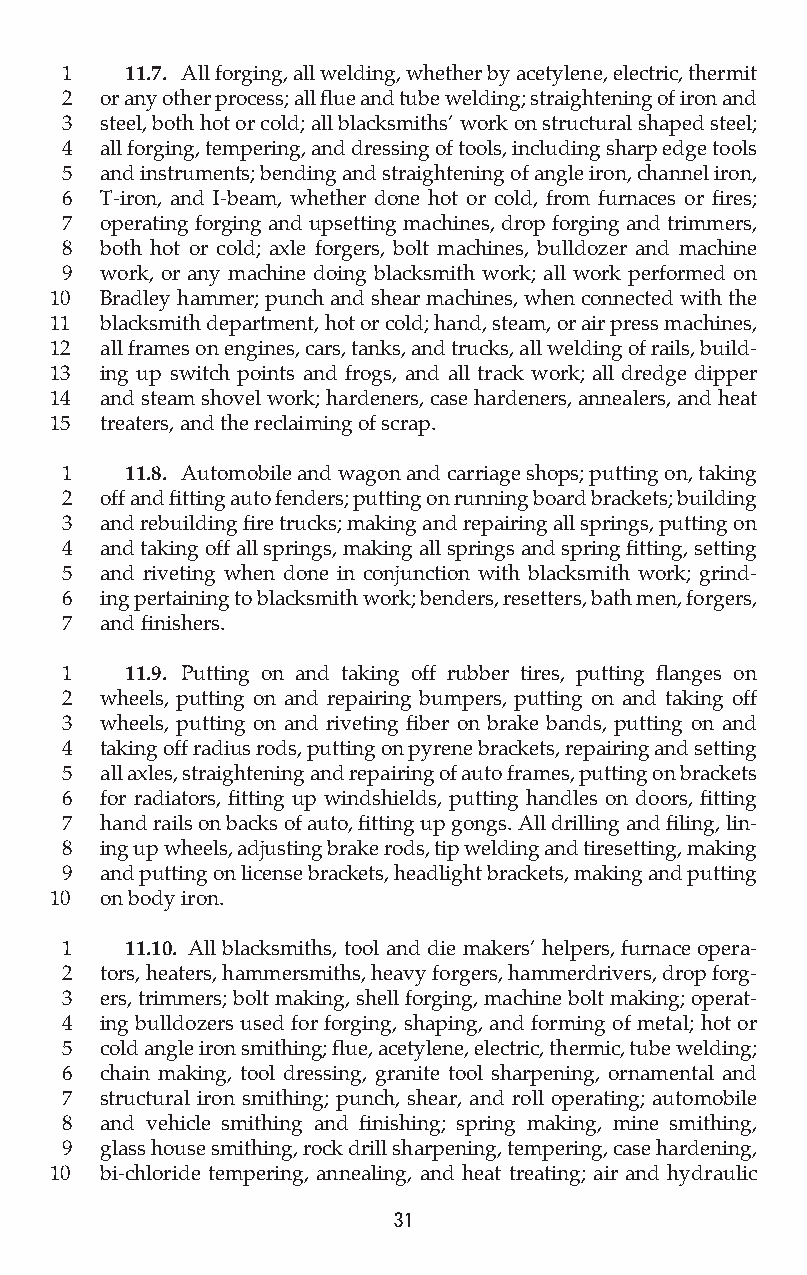
1   11.7. All forging, all welding, whether by acetylene, electric, thermit
 2  or any other process; all flue and tube welding; straightening of iron and
 3  steel, both hot or cold; all blacksmiths’ work on structural shaped steel;
 4  all forging, tempering, and dressing of tools, including sharp edge tools
 5  and instruments; bending and straightening of angle iron, channel iron,
 6  T-iron, and I-beam, whether done hot or cold, from furnaces or fires;
 7  operating forging and upsetting machines, drop forging and trimmers,
 8  both hot or cold; axle forgers, bolt machines, bulldozer and machine
 9  work, or any machine doing blacksmith work; all work performed on
 10  Bradley hammer; punch and shear machines, when connected with the
 11  blacksmith department, hot or cold; hand, steam, or air press machines,
 12  all frames on engines, cars, tanks, and trucks, all welding of rails, build-
 13  ing up switch points and frogs, and all track work; all dredge dipper
 14  and steam shovel work; hardeners, case hardeners, annealers, and heat
 15  treaters, and the reclaiming of scrap.
 1   11.8. Automobile and wagon and carriage shops; putting on, taking
 2  off and fitting auto fenders; putting on running board brackets; building
 3  and rebuilding fire trucks; making and repairing all springs, putting on
 4  and taking off all springs, making all springs and spring fitting, setting
 5  and riveting when done in conjunction with blacksmith work; grind-
 6  ing pertaining to blacksmith work; benders, resetters, bath men, forgers,
 7  and finishers.
 1   11.9. Putting on and taking off rubber tires, putting flanges on
 2  wheels, putting on and repairing bumpers, putting on and taking off
 3  wheels, putting on and riveting fiber on brake bands, putting on and
 4  taking off radius rods, putting on pyrene brackets, repairing and setting
 5  all axles, straightening and repairing of auto frames, putting on brackets
 6  for radiators, fitting up windshields, putting handles on doors, fitting
 7  hand rails on backs of auto, fitting up gongs. All drilling and filing, lin-
 8  ing up wheels, adjusting brake rods, tip welding and tiresetting, making
 9  and putting on license brackets, headlight brackets, making and putting
 10  on body iron.
 1   11.10. All blacksmiths, tool and die makers’ helpers, furnace opera-
 2  tors, heaters, hammersmiths, heavy forgers, hammerdrivers, drop forg-
 3  ers, trimmers; bolt making, shell forging, machine bolt making; operat-
 4  ing bulldozers used for forging, shaping, and forming of metal; hot or
 5  cold angle iron smithing; flue, acetylene, electric, thermic, tube welding;
 6  chain making, tool dressing, granite tool sharpening, ornamental and
 7  structural iron smithing; punch, shear, and roll operating; automobile
 8  and vehicle smithing and finishing; spring making, mine smithing,
 9  glass house smithing, rock drill sharpening, tempering, case hardening,
 10  bi-chloride tempering, annealing, and heat treating; air and hydraulic
 31